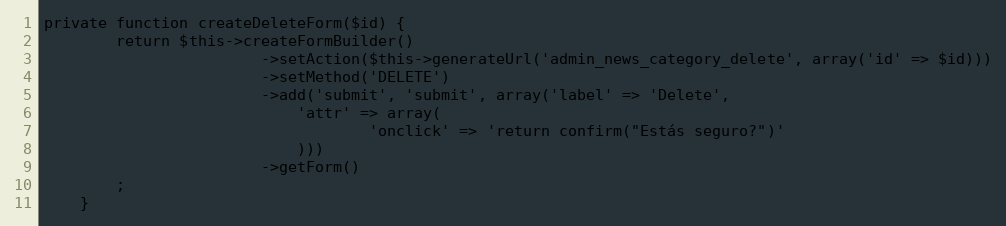
Language: PHP
private function createDeleteForm($id) {
        return $this->createFormBuilder()
                        ->setAction($this->generateUrl('admin_news_category_delete', array('id' => $id)))
                        ->setMethod('DELETE')
                        ->add('submit', 'submit', array('label' => 'Delete',
                            'attr' => array(
                                    'onclick' => 'return confirm("Estás seguro?")'
                            )))
                        ->getForm()
        ;
    }